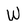
Character: W